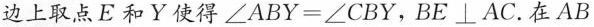
边上取点E和Y使得$$∠ A B Y = ∠ C B Y$$，BE⊥AC。在AB